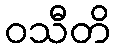
ဝသီတိ